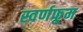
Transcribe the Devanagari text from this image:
स्वर्णफूम